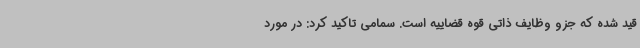
قید شده که جزو وظایف ذاتی قوه قضاییه است. سمامی تاکید کرد: در مورد